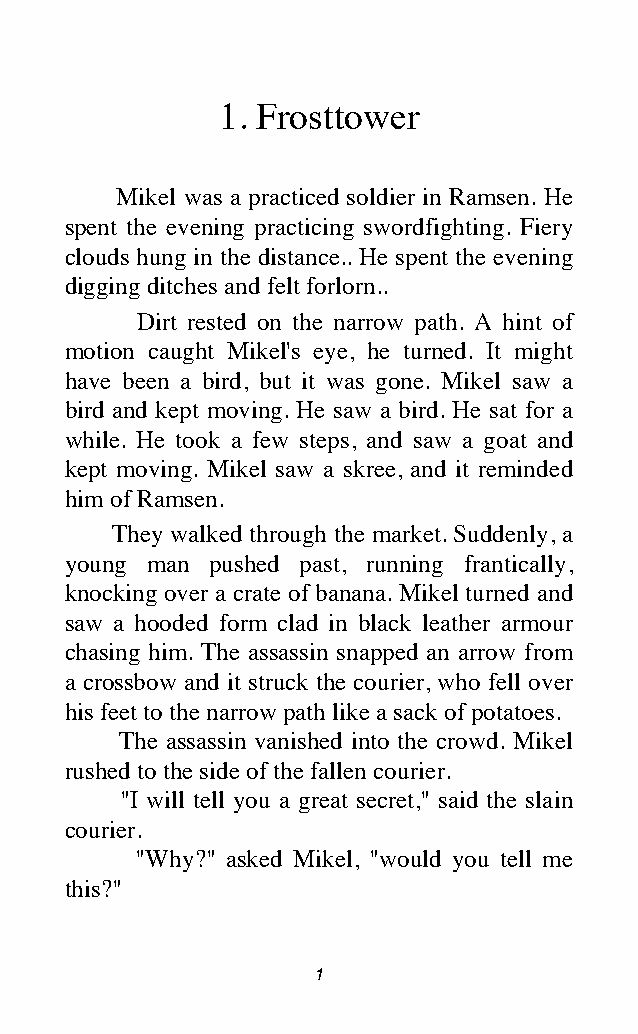
1. Frosttower
 Mikel was a practiced soldier in Ramsen. He
 spent the evening practicing swordfighting. Fiery
 clouds hung in the distance.. He spent the evening
 digging ditches and felt forlorn..
 Dirt rested on the narrow path. A hint of
 motion caught Mikel's eye, he turned. It might
 have been a bird, but it was gone. Mikel saw a
 bird and kept moving. He saw a bird. He sat for a
 while. He took a few steps, and saw a goat and
 kept moving. Mikel saw a skree, and it reminded
 him of Ramsen.
 They walked through the market. Suddenly, a
 young man pushed past, running frantically,
 knocking over a crate of banana. Mikel turned and
 saw a hooded form clad in black leather armour
 chasing him. The assassin snapped an arrow from
 a crossbow and it struck the courier, who fell over
 his feet to the narrow path like a sack of potatoes.
 The assassin vanished into the crowd. Mikel
 rushed to the side of the fallen courier.
 "I will tell you a great secret," said the slain
 courier.
 "Why?" asked Mikel, "would you tell me
 this?"
 1